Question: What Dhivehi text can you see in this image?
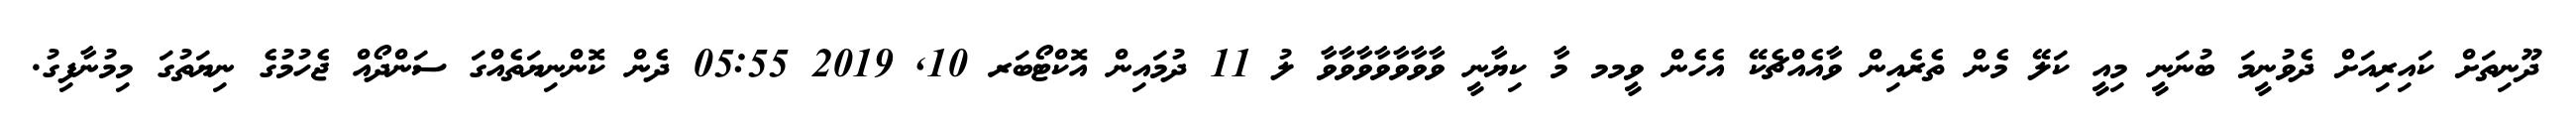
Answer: ދޫނިތަށް ކައިރިއަށް ދެވުނީމަ ބުނަނީ މިއީ ކަލޭ މެން ތެރެއިން ވާއެއްޗެކޭ އެހެން ވީމމ މާ ކިޔާނީ ވާވާވާވާވާވާވާ ލު 11 ދުމައިން އޮކްޓޯބަރ 10, 2019 05:55 ދެން ކޮންނިޔަތެއްގަ ސަންދޯއް ޖެހުމުގެ ނިޔަތުގަ މިމުނާފިގު.